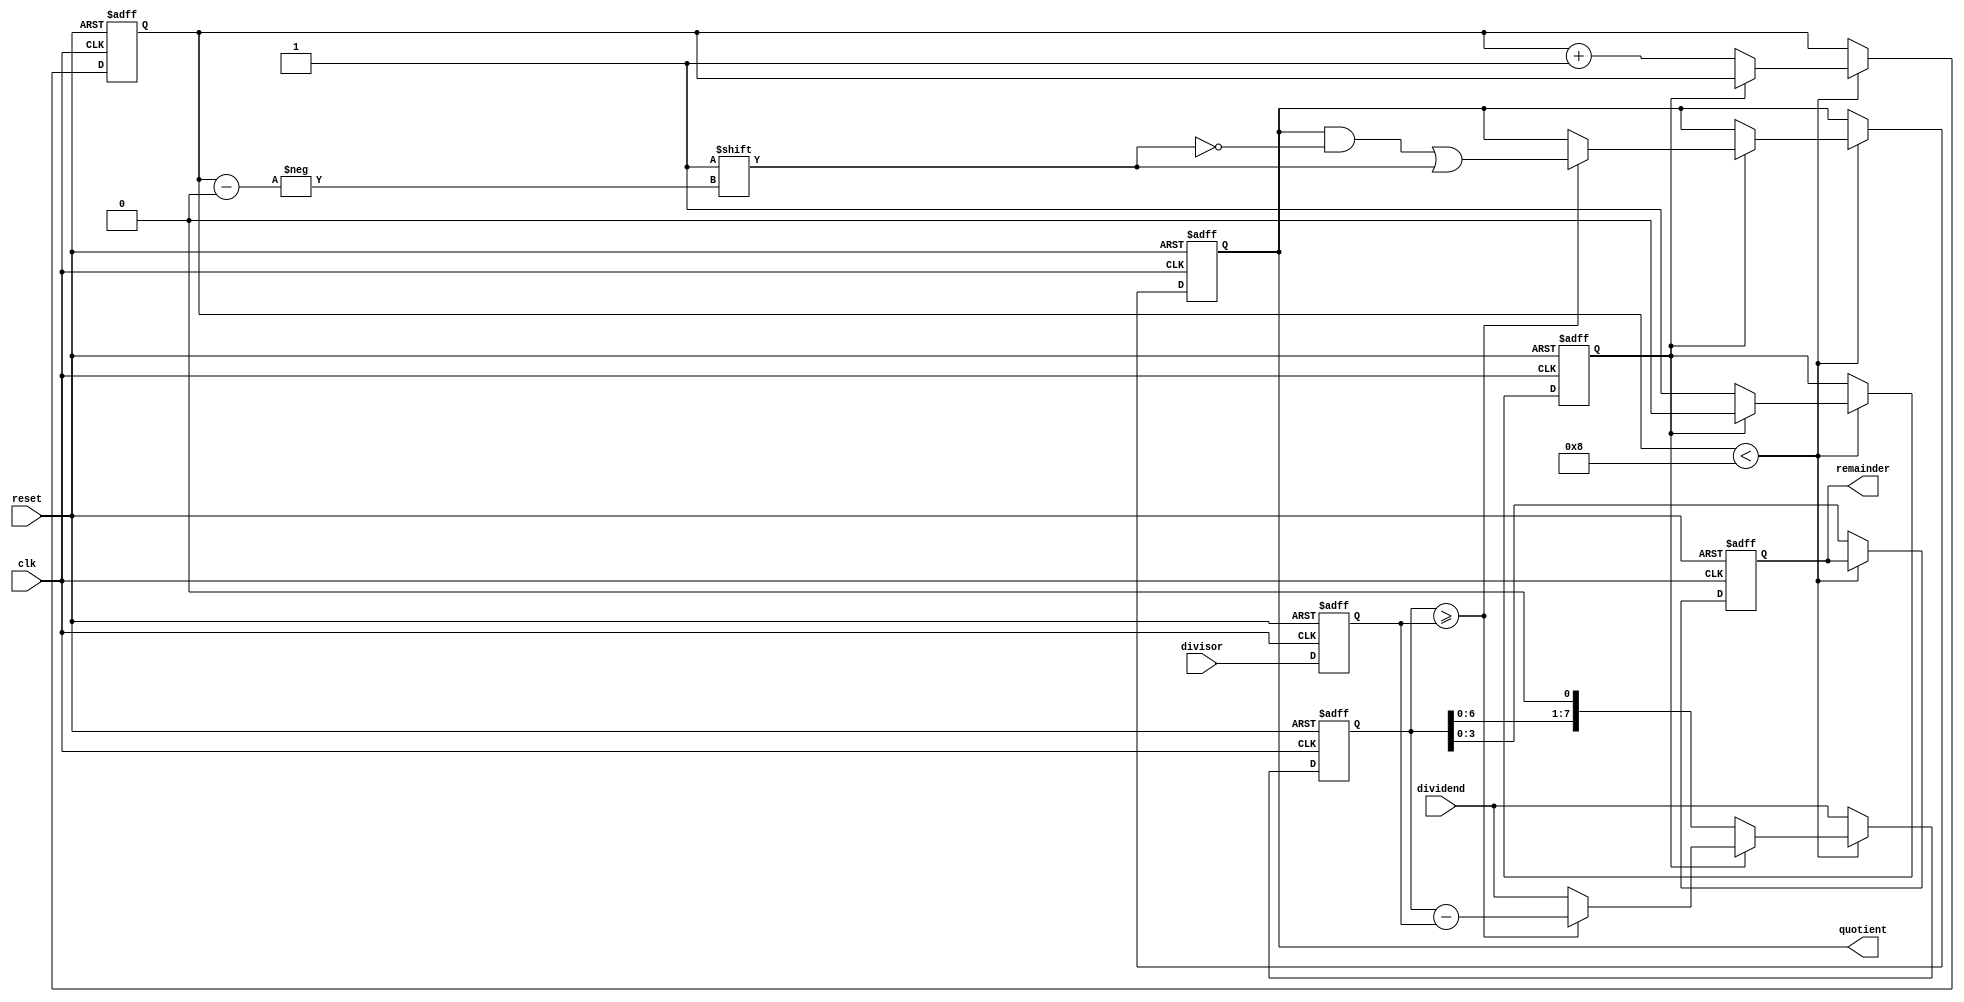
module slow_division (
  input wire clk,
  input wire reset,
  input wire [7:0] dividend, // 8-bit dividend
  input wire [3:0] divisor,  // 4-bit divisor
  output reg [7:0] quotient, // 8-bit quotient
  output reg [3:0] remainder // 4-bit remainder
);

  reg [7:0] temp_dividend;
  reg [3:0] temp_divisor;
  reg [3:0] count;
  reg subtract_flag;
  
  always @(posedge clk or posedge reset) begin
    if (reset) begin
      temp_dividend <= 0;
      temp_divisor <= 0;
      count <= 0;
      quotient <= 0;
      remainder <= 0;
      subtract_flag <= 0;
    end
    else begin
      temp_dividend <= dividend;
      temp_divisor <= divisor;
      
      if (count < 8) begin
        if (subtract_flag) begin
          if (temp_dividend >= temp_divisor) begin
            temp_dividend <= temp_dividend - temp_divisor;
            quotient[count] <= 1;
          end
          subtract_flag <= 0;
        end
        else begin
          temp_dividend <= temp_dividend << 1;
          subtract_flag <= 1;
          count <= count + 1;
        end
      end
      else begin
        remainder <= temp_dividend;
      end
    end
  end
  
endmodule